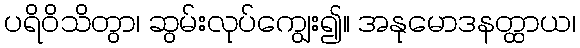
ပရိဝိသိတွာ၊ ဆွမ်းလုပ်ကျွေး၍။ အနုမောဒနတ္ထာယ၊